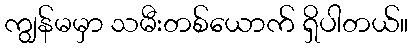
ကျွန်မမှာ သမီးတစ်ယောက် ရှိပါတယ်။